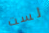
لست